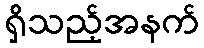
ရှိသည့်အနက်